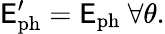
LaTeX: \mathsf{E}_{\mathrm{{ph}}}^{\prime}=\mathsf{E}_{\mathrm{{ph}}}\ \forall\theta.